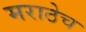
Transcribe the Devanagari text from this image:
मराठेच